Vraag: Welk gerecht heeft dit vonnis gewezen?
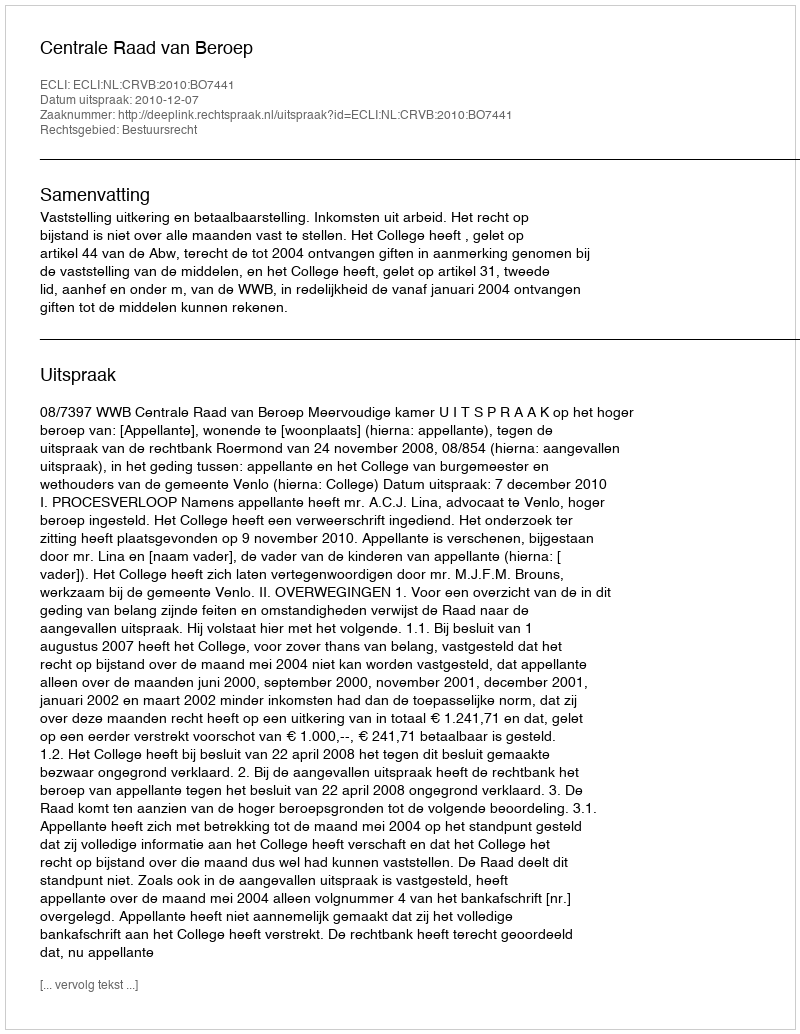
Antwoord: Centrale Raad van Beroep